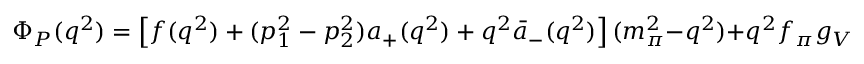
\Phi _ { P } ( q ^ { 2 } ) = \left[ f ( q ^ { 2 } ) + ( p _ { 1 } ^ { 2 } - p _ { 2 } ^ { 2 } ) a _ { + } ( q ^ { 2 } ) + q ^ { 2 } \bar { a } _ { - } ( q ^ { 2 } ) \right] ( m _ { \pi } ^ { 2 } - q ^ { 2 } ) + q ^ { 2 } f _ { \pi } g _ { V P \pi } . \nonumber